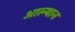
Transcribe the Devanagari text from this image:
आल्यान